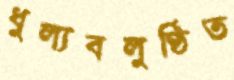
ধুল্যবলুণ্ঠিত